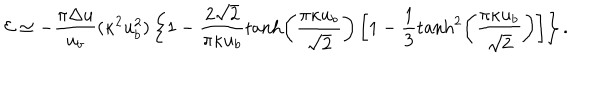
LaTeX: { \cal E } \simeq - \frac { \pi \Delta u } { u _ { b } } ( \kappa ^ { 2 } u _ { b } ^ { 2 } ) \left\{ 1 - \frac { 2 \sqrt { 2 } } { \pi \kappa u _ { b } } \tanh \left( \frac { \pi \kappa u _ { b } } { \sqrt { 2 } } \right) \left[ 1 - \frac { 1 } { 3 } \tanh ^ { 2 } \left( \frac { \pi \kappa u _ { b } } { \sqrt { 2 } } \right) \right] \right\} .